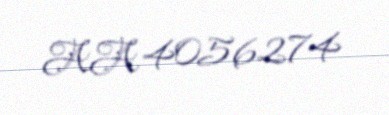
AA 4056274